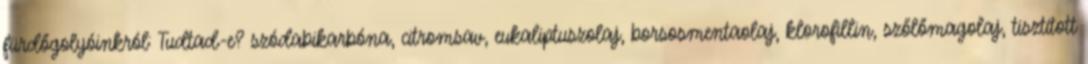
fürdőgolyóinkról: Tudtad-e? szódabikarbóna, citromsav, eukaliptuszolaj, borsosmentaolaj, klorofillin, szőlőmagolaj, tisztított